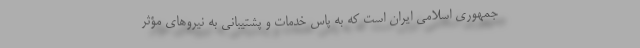
جمهوری اسلامی ایران است که به پاس خدمات و پشتیبانی به نیروهای مؤثر